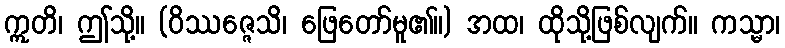
ဣတိ၊ ဤသို့။ (ဝိဿဇ္ဇေသိ၊ ဖြေတော်မူ၏။) အထ၊ ထိုသို့ဖြစ်လျက်။ ကသ္မာ၊